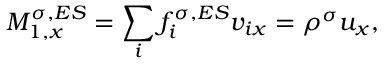
M _ { 1 , x } ^ { \sigma , E S } = \sum _ { i } f _ { i } ^ { \sigma , E S } v _ { i x } = \rho ^ { \sigma } u _ { x } ,